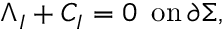
\Lambda _ { I } + C _ { I } = 0 \, \, \, \mathrm { o n } \, \partial \Sigma ,